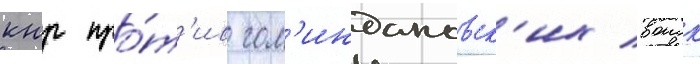
кнр про́т'ив гом'индановск'их воиск